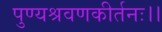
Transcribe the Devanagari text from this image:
पुण्यश्रवणकीर्तनः।।